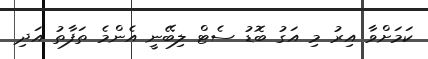
ކަމަށްވާ އިރު މި އަގު ބޮޑު ސެޓް ލިބޭނީ އެންމެ ތަފާތު އަދި